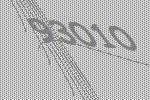
93010